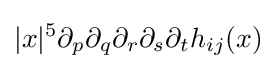
|x|^{5}\partial _{p}\partial _{q}\partial _{r}\partial _{s}\partial _{t}h_{ij}(x)